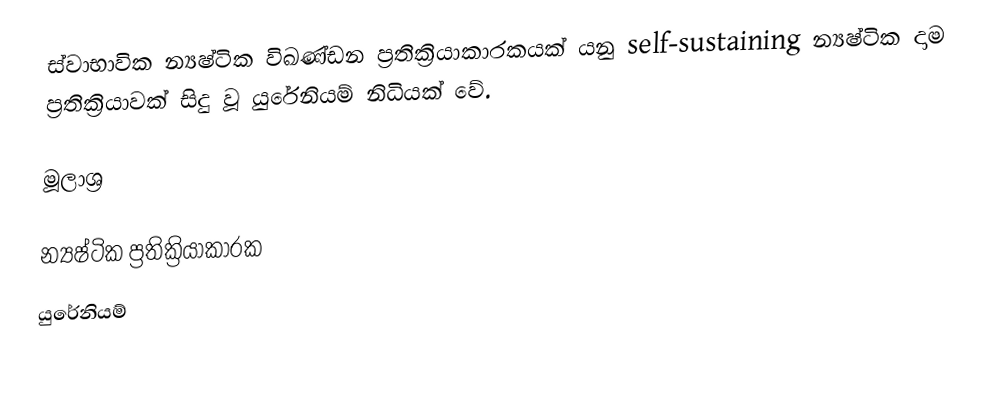
ස්වාභාවික න්‍යෂ්ටික විඛණ්ඩන ප්‍රතික්‍රියාකාරකයක් යනු self-sustaining න්‍යෂ්ටික දාම ප්‍රතික්‍රියාවක් සිදු වූ යුරේනියම් නිධියක් වේ.

මූලාශ්‍ර

න්‍යෂ්ටික ප්‍රතික්‍රියාකාරක
යුරේනියම්